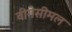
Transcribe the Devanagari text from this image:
वीगेसीमल